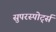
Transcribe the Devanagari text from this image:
सुपरस्पोर्ट्स